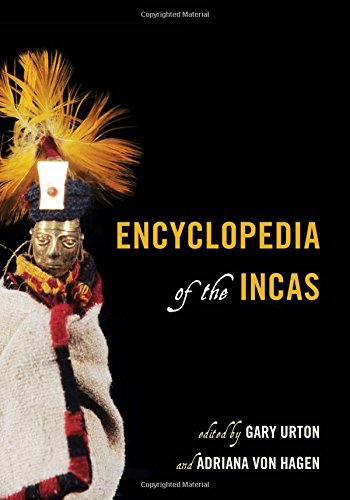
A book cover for Encyclopedia of the Incas; History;